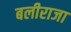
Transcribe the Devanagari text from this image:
बलीराजा